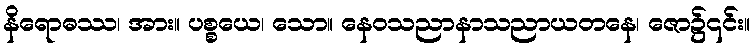
နိရောဓဿ၊ အား။ ပစ္စယေ၊ သော။ နေဝသညာနာသညာယတနေ၊ ဇော၌၎င်း။